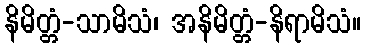
နိမိတ္တံ-သာမိသံ၊ အနိမိတ္တံ-နိရာမိသံ။